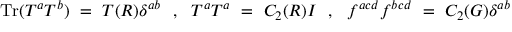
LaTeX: \mathrm { T r } ( T ^ { a } T ^ { b } ) ~ = ~ T ( R ) \delta ^ { a b } ~ ~ , ~ ~ T ^ { a } T ^ { a } ~ = ~ C _ { 2 } ( R ) I ~ ~ , ~ ~ f ^ { a c d } f ^ { b c d } ~ = ~ C _ { 2 } ( G ) \delta ^ { a b }